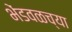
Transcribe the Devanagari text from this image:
भेंडवळच्या